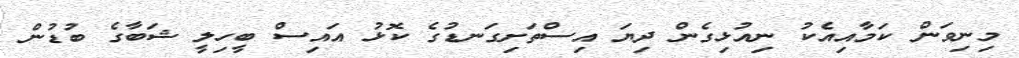
މިނިވަން ކަމާއިއެކު ނިއުޅިގެން ދިޔަ އިސްތަށިގަނޑުގެ ކޮޅު އައިސް ބީހިލީ ޝަބާގެ ބުޑުން